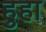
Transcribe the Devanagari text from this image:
हुहा